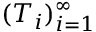
( T _ { i } ) _ { i = 1 } ^ { \infty }